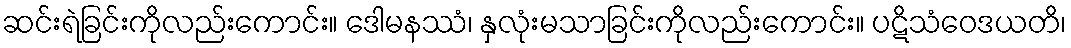
ဆင်းရဲခြင်းကိုလည်းကောင်း။ ဒေါမနဿံ၊ နှလုံးမသာခြင်းကိုလည်းကောင်း။ ပဋိသံဝေဒယတိ၊